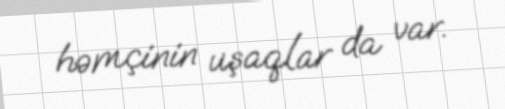
həmçinin uşaqlar da var.